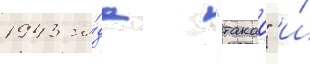
1943 го́да "такао" и́